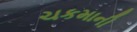
ચકમાની